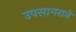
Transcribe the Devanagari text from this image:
उपसागराने